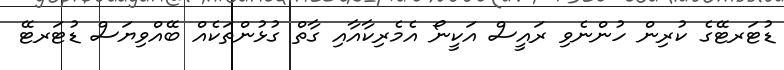
ޑުޓަރޓޭގެ ކުރިން ހުންނެވި ރައީސް އަކީނޯ އެމެރިކާއާއި ގާތް ގުޅުންތަކެއް ބޭއްވިޔަސް ޑުޓަރޓޭ